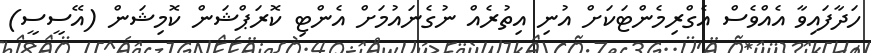
ހަދާފައިވާ އެއްވެސް އެގްރިމެންޓަކަށް އުނި އިތުރެއް ނުގެނައުމަށް އެންޓި ކޮރަޕްޝަން ކޮމިޝަން (އޭސީސީ)